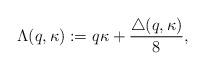
LaTeX: \begin{align*}\Lambda (q,\kappa):=q\kappa +\frac{\triangle(q,\kappa)}{8},\end{align*}